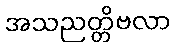
အသညတ္တိဗလာ